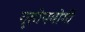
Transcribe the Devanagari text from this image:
गॄहोपयोगी